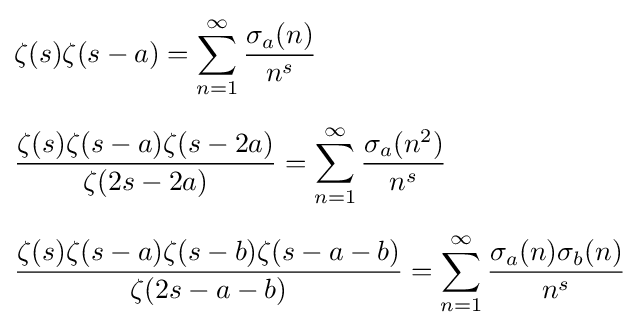
{\begin{aligned}&\zeta (s)\zeta (s-a)=\sum _{n=1}^{\infty }{\frac {\sigma _{a}(n)}{n^{s}}}\\[6pt]&{\frac {\zeta (s)\zeta (s-a)\zeta (s-2a)}{\zeta (2s-2a)}}=\sum _{n=1}^{\infty }{\frac {\sigma _{a}(n^{2})}{n^{s}}}\\[6pt]&{\frac {\zeta (s)\zeta (s-a)\zeta (s-b)\zeta (s-a-b)}{\zeta (2s-a-b)}}=\sum _{n=1}^{\infty }{\frac {\sigma _{a}(n)\sigma _{b}(n)}{n^{s}}}\end{aligned}}